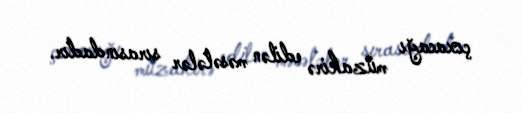
çıxacağı müzakirə edilən məsələlər sırasındadır.